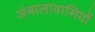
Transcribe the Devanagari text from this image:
अंबालावासियों